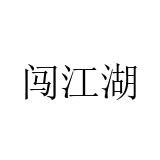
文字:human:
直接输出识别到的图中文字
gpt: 闯江湖